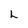
Character: L